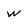
Character: w